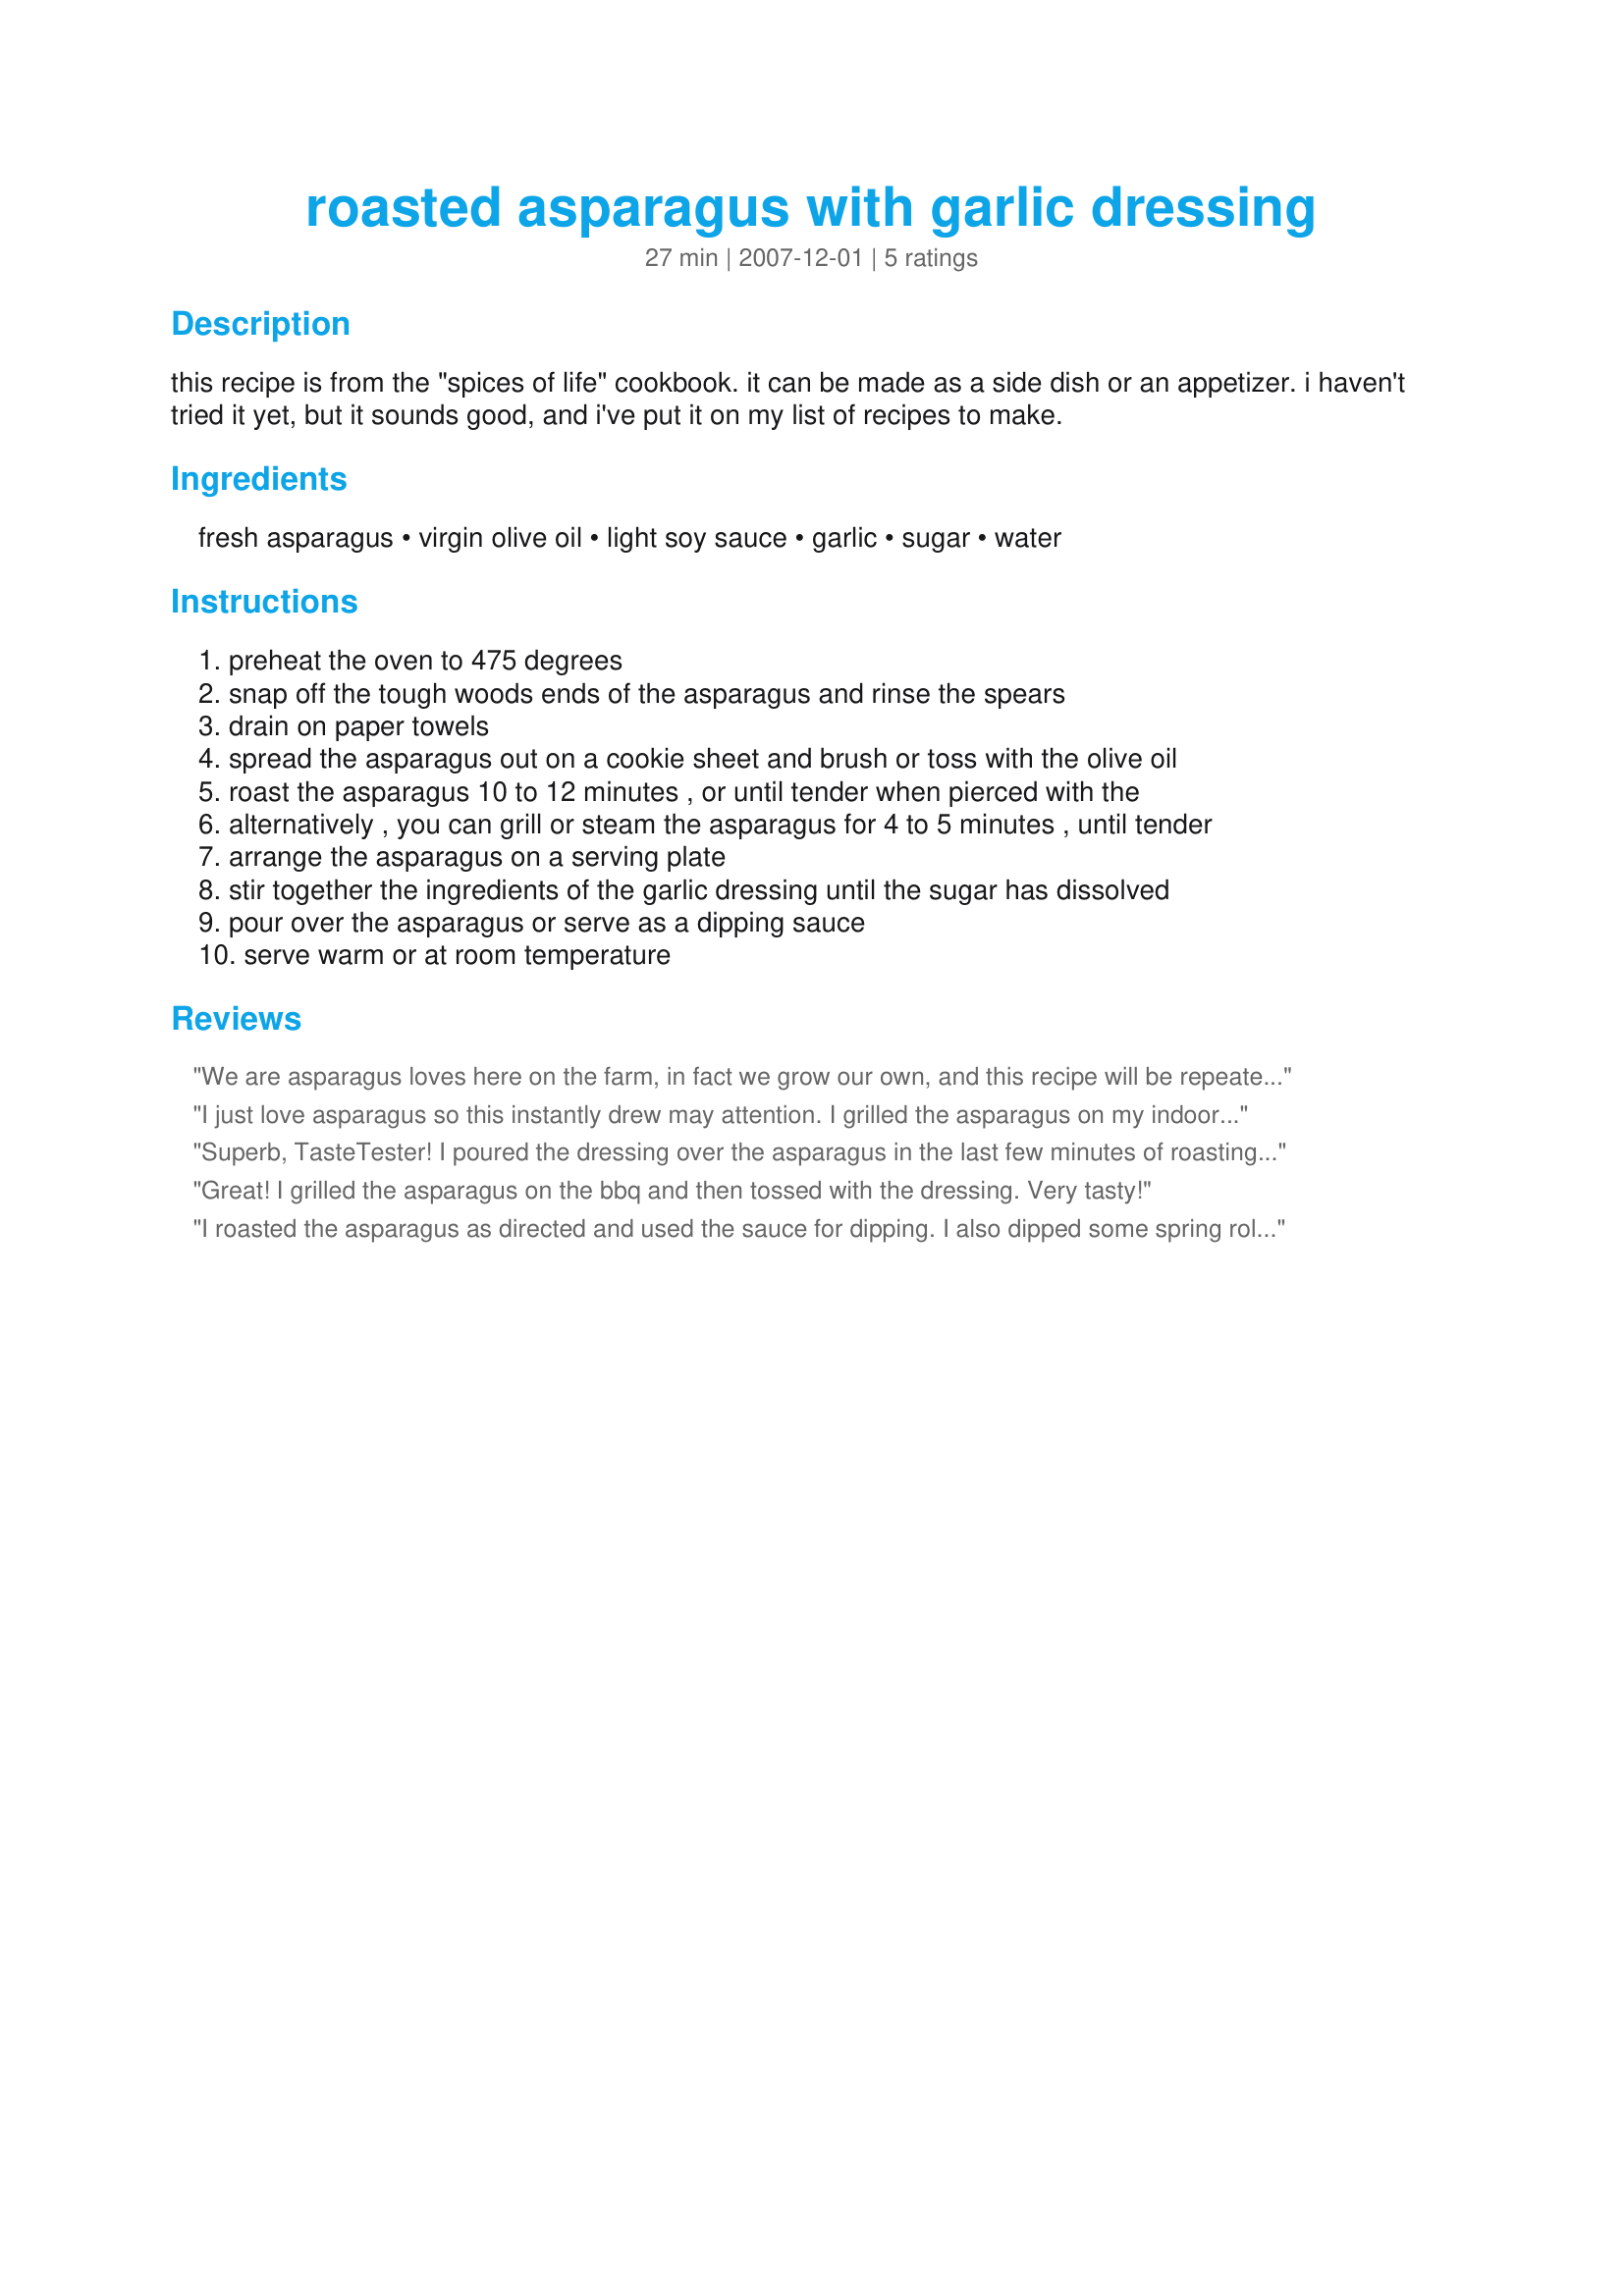
roasted asparagus with garlic dressing
Preparation time: 27 minutes

this recipe is from the "spices of life" cookbook. it can be made as a side dish or an appetizer. i haven't tried it yet, but it sounds good, and i've put it on my list of recipes to make.

Ingredients:
fresh asparagus, virgin olive oil, light soy sauce, garlic, sugar, water

Steps:
preheat the oven to 475 degrees
snap off the tough woods ends of the asparagus and rinse the spears
drain on paper towels
spread the asparagus out on a cookie sheet and brush or toss with the olive oil
roast the asparagus 10 to 12 minutes , or until tender when pierced with the
alternatively , you can grill or steam the asparagus for 4 to 5 minutes , until tender
arrange the asparagus on a serving plate
stir together the ingredients of the garlic dressing until the sugar has dissolved
pour over the asparagus or serve as a dipping sauce
serve warm or at room temperature

Reviews:
We are asparagus loves here on the farm, in fact we grow our own, and this recipe will be repeated many, many times this coming Spring season. I used the light soy sauce, and the garlic is just perfect with this. I roasted this in my little convection/toaster oven and they came out perfectly. A perfect recipe, easy, and so delicious! Thanks, TasteTester! Made for *I Recommend* tag game March 2009.
I just love asparagus so this instantly drew may attention. I grilled the asparagus on my indoor grill and tossed them about one minute from done into the dressing. The warmth of the asparagus helped it to release the flavors of the garlic. Altogether delicious. Made for 123 Hit Wonders.
Superb, TasteTester! I poured the dressing over the asparagus in the last few minutes of roasting, since I felt like something warm. But I can't wait to try this in the summer with asparagus on the grill, and the dressing to dip it in! Thanks very much!
Great! I grilled the asparagus on the bbq and then tossed with the dressing. Very tasty!
I roasted the asparagus as directed and used the sauce for dipping. I also dipped some spring rolls in the sauce with great results. Great way to add a little extra flavor to asparagus.
